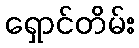
ရှောင်တိမ်း